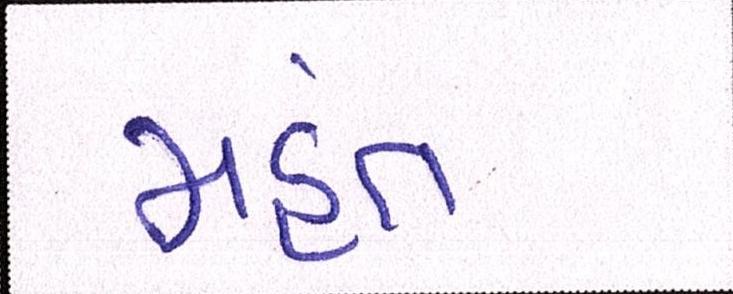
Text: મહંત